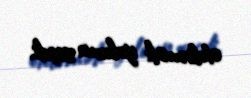
etdirmək yolunu seçdi.